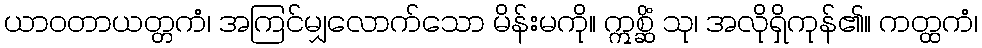
ယာဝတာယတ္တကံ၊ အကြင်မျှလောက်သော မိန်းမကို။ ဣစ္ဆိံ သု၊ အလိုရှိကုန်၏။ ကတ္ထကံ၊